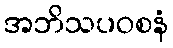
အဘိသပဝစနံ